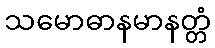
သမောဓာနမာနတ္တံ